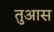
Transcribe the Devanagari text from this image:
तुआस